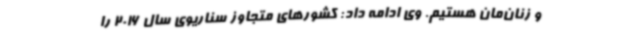
و زنان‌مان هستیم. وی ادامه داد: کشورهای متجاوز سناریوی سال 2016 را